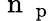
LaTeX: \mathrm{~n~}_{\mathrm{~p~}}